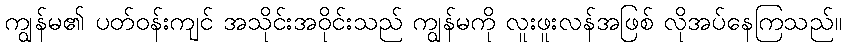
ကျွန်မ၏ ပတ်ဝန်းကျင် အသိုင်းအဝိုင်းသည် ကျွန်မကို လူးဖူးလန်အဖြစ် လိုအပ်နေကြသည်။